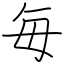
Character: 毎